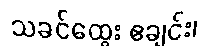
သခင်ထွေး ဧချင်း၊